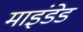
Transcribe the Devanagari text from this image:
माइंडेड